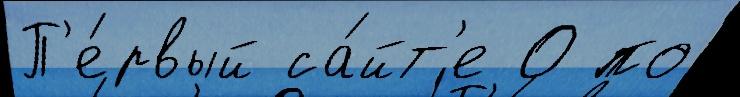
П'е́рвый са́йт'е 0 по